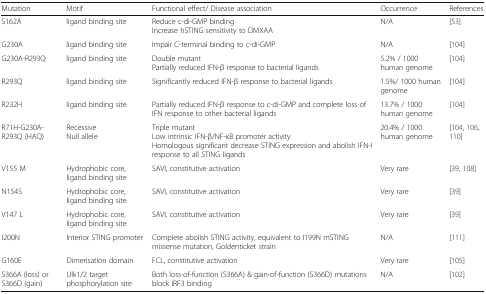
<table><thead><tr><td><b>Mutation</b></td><td><b>Motif</b></td><td><b>Functional effect/ Disease association</b></td><td><b>Occurrence</b></td><td><b>References</b></td></tr></thead><tbody><tr><td>S162A</td><td>ligand binding site</td><td>Reduce c-di-GMP bindingIncrease hSTING sensitivity to DMXAA</td><td>N/A</td><td>[53]</td></tr><tr><td>G230A</td><td>ligand binding site</td><td>Impair C-terminal binding to c-di-GMP</td><td>N/A</td><td>[104]</td></tr><tr><td>G230A-R293Q</td><td>ligand binding site</td><td>Double mutantPartially reduced IFN-β response to bacterial ligands</td><td>5.2% / 1000 human genome</td><td>[104]</td></tr><tr><td>R293Q</td><td>ligand binding site</td><td>Significantly reduced IFN-β response to bacterial ligands</td><td>1.5%/ 1000 human genome</td><td>[104]</td></tr><tr><td>R232H</td><td>ligand binding site</td><td>Partially reduced IFN-β response to c-di-GMP and complete loss of IFN response to other bacterial ligands</td><td>13.7% / 1000 human genome</td><td>[104]</td></tr><tr><td>R71H-G230A-R293Q (HAQ)</td><td>RecessiveNull allele</td><td>Triple mutantLow intrinsic IFN-β/NF-κB promoter activityHomologous significant decrease STING expression and abolish IFN-I response to all STING ligands</td><td>20.4% / 1000 human genome</td><td>[104, 106, 110]</td></tr><tr><td>V155 M</td><td>Hydrophobic core, ligand binding site</td><td>SAVI, constitutive activation</td><td>Very rare</td><td>[39, 108]</td></tr><tr><td>N154S</td><td>Hydrophobic core, ligand binding site</td><td>SAVI, constitutive activation</td><td>Very rare</td><td>[39]</td></tr><tr><td>V147 L</td><td>Hydrophobic core, ligand binding site</td><td>SAVI, constitutive activation</td><td>Very rare</td><td>[39]</td></tr><tr><td>I200N</td><td>Interior STING promoter</td><td>Complete abolish STING activity, equivalent to I199N mSTING missense mutation, Goldenticket strain</td><td>N/A</td><td>[111]</td></tr><tr><td>G160E</td><td>Dimerisation domain</td><td>FCL, constitutive activation</td><td>Very rare</td><td>[105]</td></tr><tr><td>S366A (loss) or S366D (gain)</td><td>Ulk1/2 target phosphorylation site</td><td>Both loss-of-function (S366A) &amp; gain-of-function (S366D) mutations block IRF3 binding</td><td>N/A</td><td>[102]</td></tr></tbody></table>